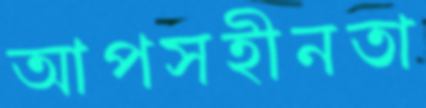
আপসহীনতা